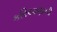
કરિયાણાની